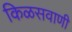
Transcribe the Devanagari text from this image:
किळसवाणी